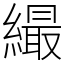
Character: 繓